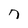
Character: 7